Indian journal of veterinary science and animal husbandry - Volumes 18-21, 1948-1951
Year: 1948
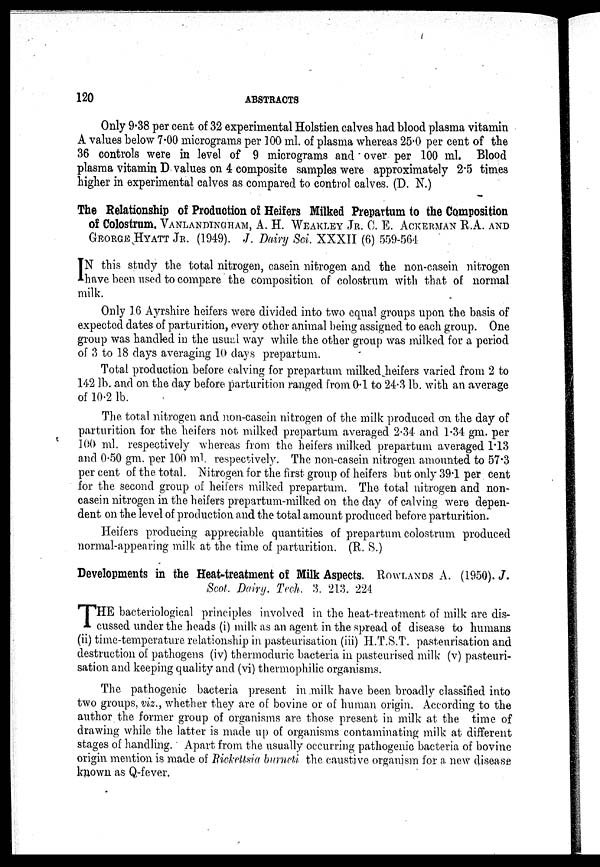
120
ABSTRACTS
Only 9.38 per cent of 32 experimental Holstien calves had blood plasma vitamin
A values below 7.00 micrograms per 100 ml. of plasma whereas 25.0 per cent of the
36 controls were in level of 9 micrograms and over per 100 ml. Blood
plasma vitamin D values on 4 composite samples were approximately 2.5 times
higher in experimental calves as compared to control calves. (D. N.)
The Relationship of Production of Heifers Milked Prepartum to the Composition
of Colostrum. VANLANDTNGHAM, A. H. WEAKLEY JR. C. E. ACKERMAN R.A. AND
GEORGE HYATT JR. (1949). J. Dairy Sci. XXXII (6) 559-564
I N this study the total nitrogen, casein nitrogen and the non-casein nitrogen
have been used to compare the composition of colostrum with that of normal
milk.
Only 16 Ayrshire heifers were divided into two equal groups upon the basis of
expected dates of parturition, every other animal being assigned to each group. One
group was handled in the usual way while the other group was milked for a period
of 3 to 18 days averaging 10 days prepartum.
Total production before calving for prepartum milked heifers varied from 2 to
142 lb. and on the day before parturition ranged from 0.1 to 24.3 lb. with an average
of 10.2 lb.
The total nitrogen and non-casein nitrogen of the milk produced on the day of
parturition for the heifers not milked prepartum averaged 2.34 and 1.34 gm. per
100 ml. respectively whereas from the heifers milked prepartum averaged 1.13
and 0.50 gm. per 100 ml respectively. The non-casein nitrogen amounted to 57.3
per cent of the total. Nitrogen for the first group of heifers but only 39.1 per cent
for the second group of heifers milked prepartum. The total nitrogen and non-
casein nitrogen in the heifers prepartum-milked on the day of calving were depen-
dent on the level of production and the total amount produced before parturition.
Heifers producing appreciable quantities of prepartum colostrum produced
normal-appearing milk at the time of parturition. (R. S.)
Developments in the Heat-treatment of Milk Aspects. ROWLANDS A. (1950). J.
Seol. Dairy. Tech. 3. 213. 224
T HE bacteriological principles involved in the heat-treatment of milk are dis-
cussed under the heads (i) milk as an agent in the spread of disease to humans
(ii) time-temperature relationship in pasteurisation (iii) H.T.S.T. pasteurisation and
destruction of pathogens (iv) thermoduric bacteria in pasteurised milk (v) pasteuri-
sation and keeping quality and (vi) thermophilic organisms.
The pathogenic bacteria present in milk have been broadly classified into
two groups, viz., whether they are of bovine or of human origin. According to the
author the former group of organisms are those present in milk at the time of
drawing while the latter is made up of organisms contaminating milk at different
stages of handling. Apart from the usually occurring pathogenic bacteria of bovine
origin mention is made of Rickellsia birneti the caustive organism for a new disease
known as Q-fever.